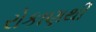
રોકાણથી